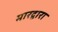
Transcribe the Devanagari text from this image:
मारद्वारा